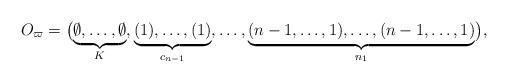
LaTeX: \begin{align*}O_{\varpi} = \bigl( \underbrace{\emptyset, \dotsc, \emptyset}_K, \underbrace{(1), \dotsc, (1)}_{c_{n-1}}, \dotsc, \underbrace{(n-1, \dotsc, 1), \dotsc, (n-1, \dotsc, 1)}_{n_1} \bigr),\end{align*}